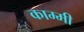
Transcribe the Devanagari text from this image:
काम्मी